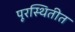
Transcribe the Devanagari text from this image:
पूरस्थितीत